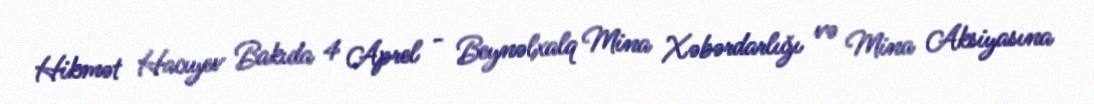
Hikmət Hacıyev Bakıda 4 Aprel - Beynəlxalq Mina Xəbərdarlığı və Mina Aksiyasına